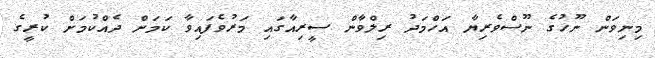
މިނިވަން ނޫހުގެ ނޫސްވެރިޔާ އަހްމަދު ރިލްވާން ސީރިއާގައި މަރުވެފައިވާ ކަމަށް ދެއްކުމަށް ކުރީގެ